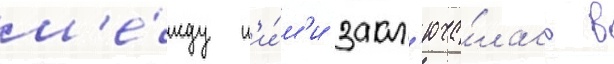
м'е́жду н'и́м'и закл'юча́лась в